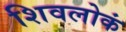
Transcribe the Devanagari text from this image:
शिवलोकं